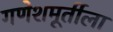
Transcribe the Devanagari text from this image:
गणेशमूर्तीला